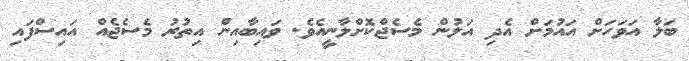
ބަލާ އަވަހަށް އައުމަށް އެދި އަލުން މެސެޖްކޮށްލާނީއެވެ. ވައިބާއިން އިތުރު މެސެޖެއް އައިސްފައި